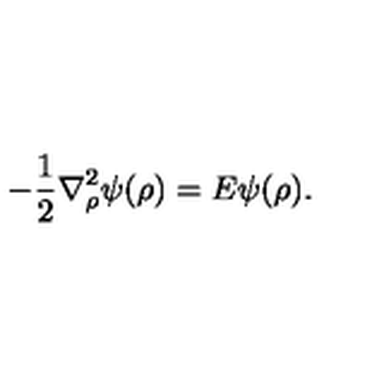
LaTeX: - \frac { 1 } { 2 } { \bf \nabla } _ { \rho } ^ { 2 } \psi ( \rho ) = E \psi ( \rho ) .